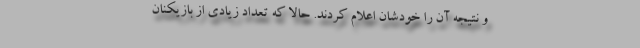
و نتیجه آن را خودشان اعلام کردند. حالا که تعداد زیادی از بازیکنان